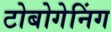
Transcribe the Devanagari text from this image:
टोबोगेनिंग